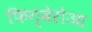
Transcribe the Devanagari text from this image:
फिग्वेरोआ